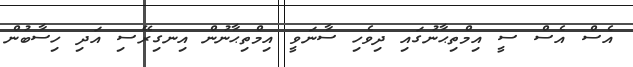
އެސް އެސް ސީ އިމްތިޙާނުގައި ދިވެހި ސާނަވީ އިމްތިޙާނުން އިނގިރޭސި އަދި ހިސާބުން